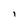
Character: I